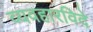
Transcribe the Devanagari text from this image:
व्यवहारविदे